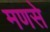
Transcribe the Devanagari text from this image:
मणसे